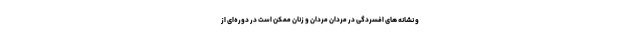
و نشانه‌ های افسردگی در مردان مردان و زنان ممکن است در دوره‌ای از